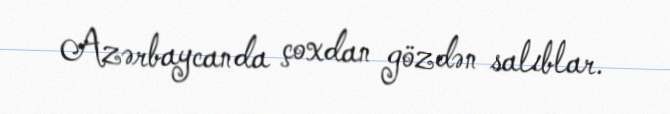
Azərbaycanda çoxdan gözdən salıblar.